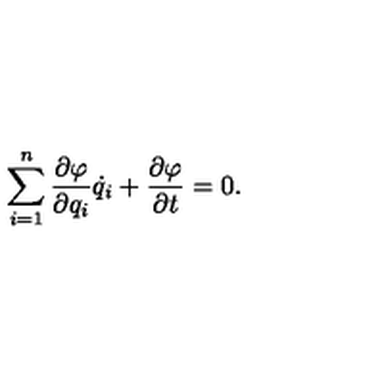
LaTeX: \sum _ { i = 1 } ^ { n } \frac { \partial \varphi } { \partial q _ { i } } \dot { q } _ { i } + \frac { \partial \varphi } { \partial t } = 0 { . }